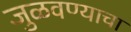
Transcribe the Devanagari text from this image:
जुळवण्याचा